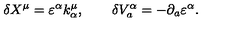
\delta X ^ { \mu } = \varepsilon ^ { \alpha } k _ { \alpha } ^ { \mu } , \qquad \delta V _ { a } ^ { \alpha } = - \partial _ { a } \varepsilon ^ { \alpha } .